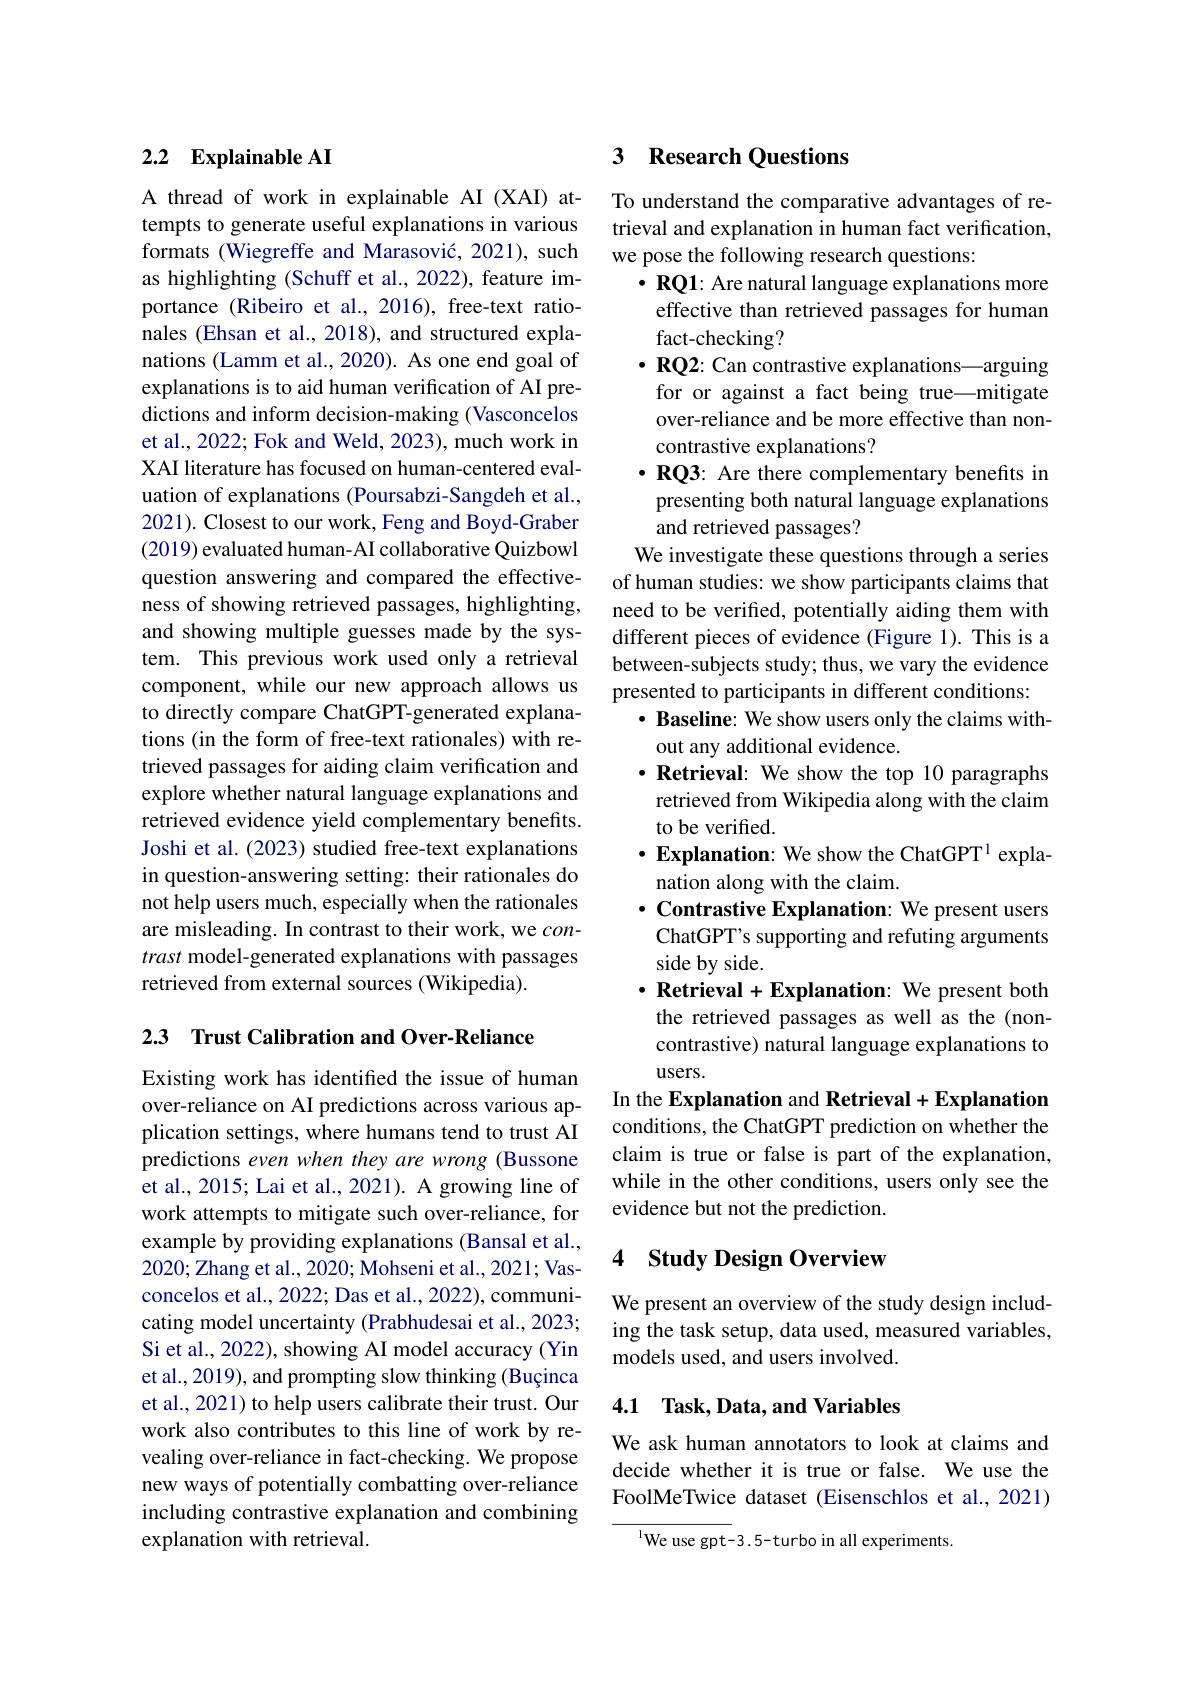
### 2.2 $\textbf{Explainable AI}$

A thread of work in explainable AI (XAI) attempts to generate useful explanations in various formats (Wiegreffe and Marasović, 2021), such as highlighting (Schuff et al., 2022), feature importance (Ribeiro et al., 2016), free-text rationales (Ehsan et al., 2018), and structured explanations (Lamm et al., 2020). As one end goal of explanations is to aid human verification of AI predictions and inform decision-making (Vasconcelos et al., 2022; Fok and Weld, 2023), much work in XAI literature has focused on human-centered evaluation of explanations (Poursabzi-Sangdeh et al., 2021). Closest to our work, Feng and Boyd-Graber (2019) evaluated human-AI collaborative Quizbowl question answering and compared the effectiveness of showing retrieved passages, highlighting, and showing multiple guesses made by the system. This previous work used only a retrieval component, while our new approach allows us to directly compare ChatGPT-generated explanations (in the form of free-text rationales) with retrieved passages for aiding claim verification and explore whether natural language explanations and retrieved evidence yield complementary benefits. Joshi et al. (2023) studied free-text explanations in question-answering setting: their rationales do not help users much, especially when the rationales are misleading. In contrast to their work, we $con-$ trast model-generated explanations with passages retrieved from external sources (Wikipedia).

2.3 Trust Calibration and Over-Reliance

Existing work has identified the issue of human over-reliance on AI predictions across various application settings, where humans tend to trust AI predictions even when they are wrong (Bussone et al., 2015; Lai et al., 2021). A growing line of work attempts to mitigate such over-reliance, for example by providing explanations (Bansal et al., 2020; Zhang et al., 2020; Mohseni et al., 2021; Vasconcelos et al., 2022; Das et al., 2022), communicating model uncertainty (Prabhudesai et al., 2023; Si et al., 2022), showing AI model accuracy (Yin et al., 2019), and prompting slow thinking (Buçinca et al., 2021) to help users calibrate their trust. Our work also contributes to this line of work by revealing over-reliance in fact-checking. We propose new ways of potentially combatting over-reliance including contrastive explanation and combining explanation with retrieval.

# 3 Research Questions

To understand the comparative advantages of retrieval and explanation in human fact verification, we pose the following research questions:
$\cdot\mathbf{RQ1}$: Are natural language explanations more
effective than retrieved passages for human
fact-checking?
$\cdot \textbf{RQ2: Can contrastive explanations— arguing}$ for or against a fact being true—mitigate over-reliance and be more effective than noncontrastive explanations?
$\cdot\mathbf{RQ3:~Are~there~complementary~benefits~in}$ presenting both natural language explanations and retrieved passages?
We investigate these questions through a series of human studies: we show participants claims that need to be verified, potentially aiding them with different pieces of evidence (Figure 1). This is a between-subjects study; thus, we vary the evidence presented to participants in different conditions:
$\cdot \textbf{ Baseline: We show users only the claims with- }$
out any additional evidence.
$\cdot$ Retrieval: We show the top 10 paragraphs retrieved from Wikipedia along with the claim to be verified.
$\cdot$ Explanation: We show the ChatGPT$^1$ expla-
nation along with the claim.
$\cdot \textbf{Contrastive Explanation: We present users}$ ChatGPT's supporting and refuting arguments side by side.
$\cdot$ Retrieval+Explanation: We present both the retrieved passages as well as the (noncontrastive) natural language explanations to users.
In the Explanation and Retrieval +Explanation conditions, the ChatGPT prediction on whether the claim is true or false is part of the explanation, while in the other conditions, users only see the evidence but not the prediction.

### 4 Study Design Overview

We present an overview of the study design including the task setup, data used, measured variables, models used, and users involved.

### 4.1 Task, Data, and Variables

We ask human annotators to look at claims and decide whether it is true or false. We use the FoolMeTwice dataset (Eisenschlos et al., 2021)

$^{1}$We use gpt-3.5-turbo in all experiments